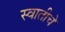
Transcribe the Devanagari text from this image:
स्वातीचे